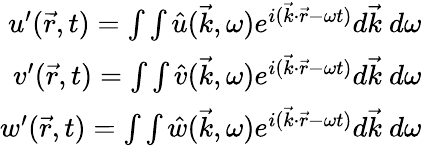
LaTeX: \begin{array}{r}{u^{\prime}(\vec{r},t)=\int\int\hat{u}(\vec{k},\omega)e^{i(\vec{k}\cdot\vec{r}-\omega t)}d\vec{k}~d\omega}\\ {v^{\prime}(\vec{r},t)=\int\int\hat{v}(\vec{k},\omega)e^{i(\vec{k}\cdot\vec{r}-\omega t)}d\vec{k}~d\omega}\\ {w^{\prime}(\vec{r},t)=\int\int\hat{w}(\vec{k},\omega)e^{i(\vec{k}\cdot\vec{r}-\omega t)}d\vec{k}~d\omega}\end{array}